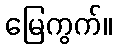
မြေကွက်။